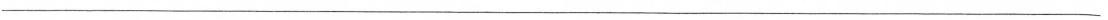
___